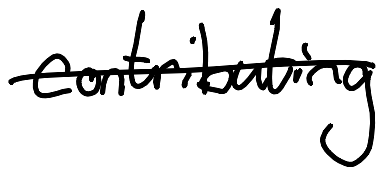
Text: contributing
Cross-out: mix
Writing tool: digital_black